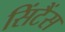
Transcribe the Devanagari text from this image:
सिंटैंस